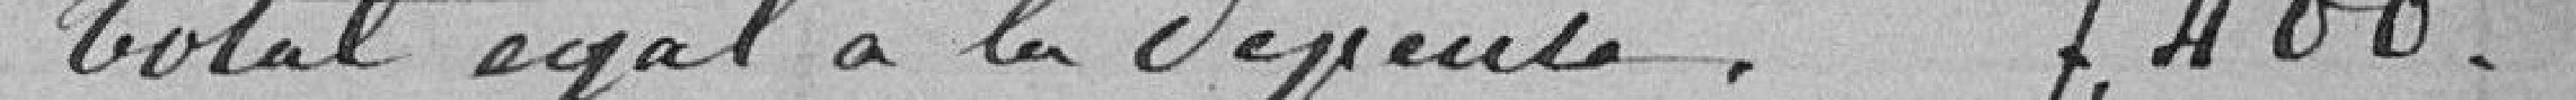
Total égal à la dépense    7.400 francs